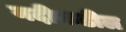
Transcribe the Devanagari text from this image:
नदीकडील